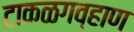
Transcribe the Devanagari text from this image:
टाकळगव्हाण